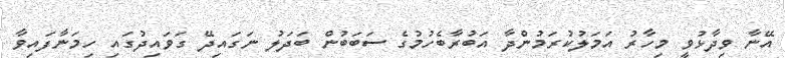
އޭނާ ވިދާޅުވީ މިހާރު އަމަލުކުރަމުންދާ އަބުރާބެހުމުގެ ސަބަބުން ބަދަލު ނަގައިދޭ ގަވައިދުގައި ހިމަނާފައިވާ